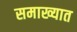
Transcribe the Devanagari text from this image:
समाख्यात